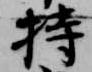
持